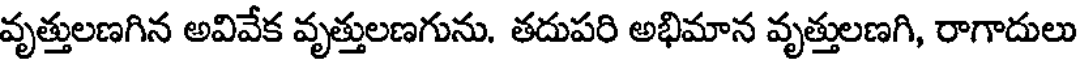
వృత్తులణగిన అవివేక వృత్తులణగును. తదుపరి అభిమాన వృత్తులణగి, రాగాదులు